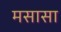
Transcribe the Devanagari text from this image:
मसासा